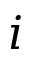
i